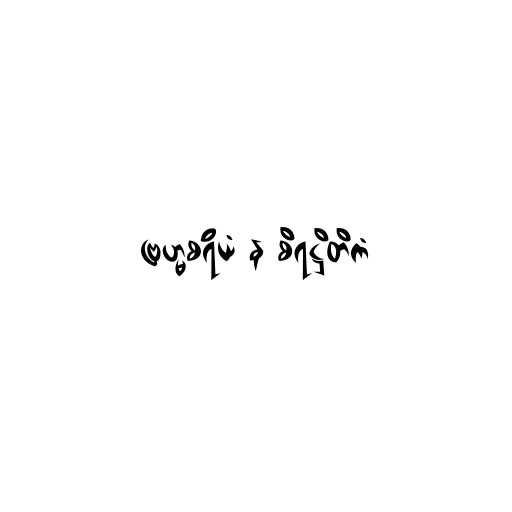
ဗြဟ္မစရိယံ န စိရဋ္ဌိတိကံ